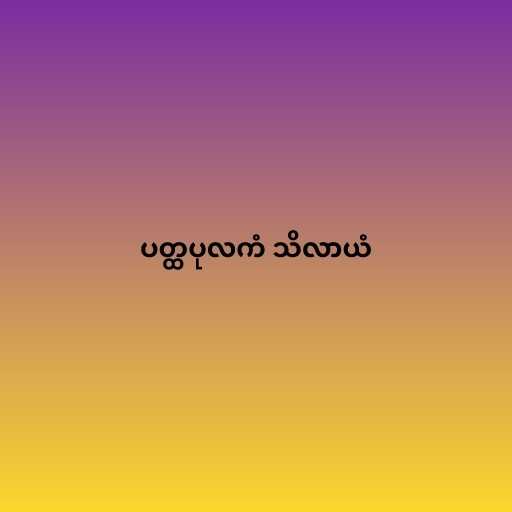
ပတ္ထပုလကံ သိလာယံ